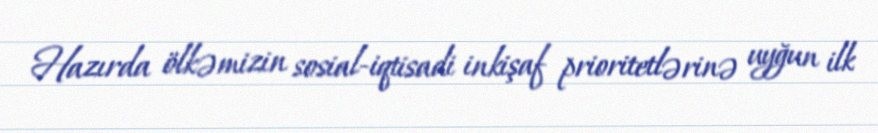
Hazırda ölkəmizin sosial-iqtisadi inkişaf prioritetlərinə uyğun ilk